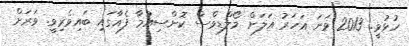
ހުޅުވީ. 2013 ވަނަ އަހަރު އަލަށް މޯލްޑިވްސް ކޮންސިއުމާ ފެއާގައި ބައިވެރިވީ. ވަރަށް